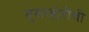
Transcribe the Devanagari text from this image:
घुसखोरीची